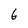
Character: 6